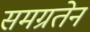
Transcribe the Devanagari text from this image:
समग्रतेनं